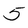
Character: 5